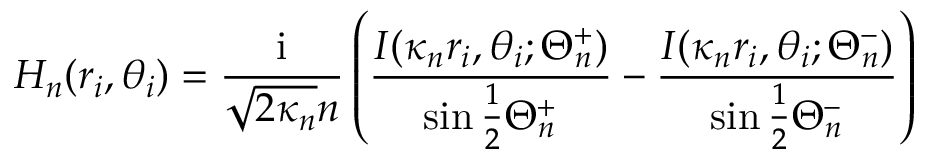
H _ { n } ( r _ { i } , \theta _ { i } ) = \frac { \mathrm { i } } { \sqrt { 2 \kappa _ { n } } n } \left( \frac { I ( \kappa _ { n } r _ { i } , \theta _ { i } ; \Theta _ { n } ^ { + } ) } { \sin \frac { 1 } { 2 } \Theta _ { n } ^ { + } } - \frac { I ( \kappa _ { n } r _ { i } , \theta _ { i } ; \Theta _ { n } ^ { - } ) } { \sin \frac { 1 } { 2 } \Theta _ { n } ^ { - } } \right)